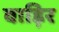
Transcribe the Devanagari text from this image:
वाड़िर